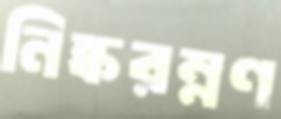
নিষ্করম্নণ